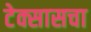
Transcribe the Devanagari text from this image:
टेक्सासचा